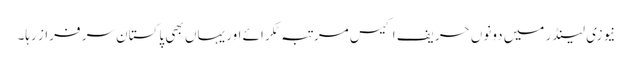
نیوزی لینڈر میں دونوں حریف اکیس مرتبہ ٹکرائے اور یہاں بھی پاکستان سر فراز رہا۔